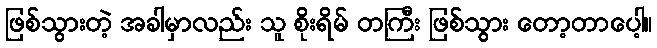
ဖြစ်သွားတဲ့ အခါမှာလည်း သူ စိုးရိမ် တကြီး ဖြစ်သွား တော့တာပေါ့။